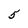
Character: 5